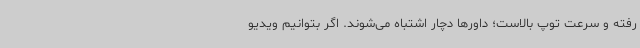
رفته و سرعت توپ بالاست؛ داورها دچار اشتباه می‌شوند. اگر بتوانیم ویدیو